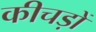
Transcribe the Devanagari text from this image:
कीचड़ों